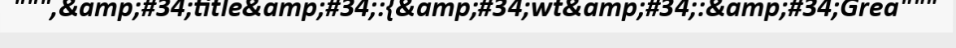
""",&amp;#34;title&amp;#34;:{&amp;#34;wt&amp;#34;:&amp;#34;Grea"""